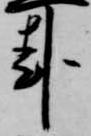
卦